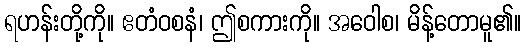
ရဟန်းတို့ကို။ ဧတံဝစနံ၊ ဤစကားကို။ အဝေါစ၊ မိန့်တောမူ၏။